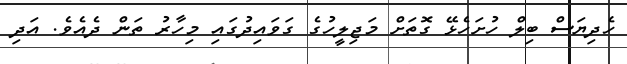
ހެދިޔަސް ބިލް ހުށަހެޅޭ ގޮތަށް މަޖިލީހުގެ ގަވައިދުގައި މިހާރު ތަން ދެއެވެ. އަދި